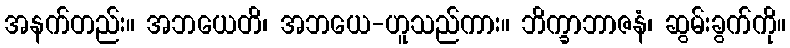
အနက်တည်း။ အဘယေတိ၊ အဘယေ-ဟူသည်ကား။ ဘိက္ခာဘာဇနံ၊ ဆွမ်းခွက်ကို။